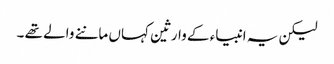
لیکن یہ انبیاء کے وارثین کہاں ماننے والے تھے ۔